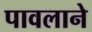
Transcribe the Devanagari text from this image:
पावलाने